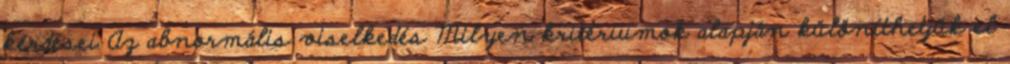
kérdései Az abnormális viselkedés Milyen kritériumok alapján különíthetjük el